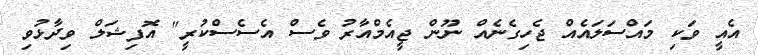
އެއީ ވަކި މައްސަލައެއް ޖެހިގެނެއް ނޫން ޖީއެމްއާރު ވެސް އެސެސްކުރީ" އޮފިޝަލް ވިދާޅުވި